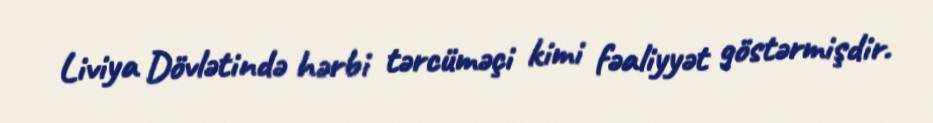
Liviya Dövlətində hərbi tərcüməçi kimi fəaliyyət göstərmişdir.